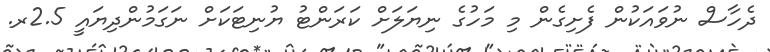
ދެހާސް ނުވައަކުން ފެށިގެން މި މަހުގެ ނިޔަލަށް ކަރަންޓު ޔުނިޓަކަށް ނަގަމުންދިޔައީ 2.5ރ.